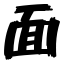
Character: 面